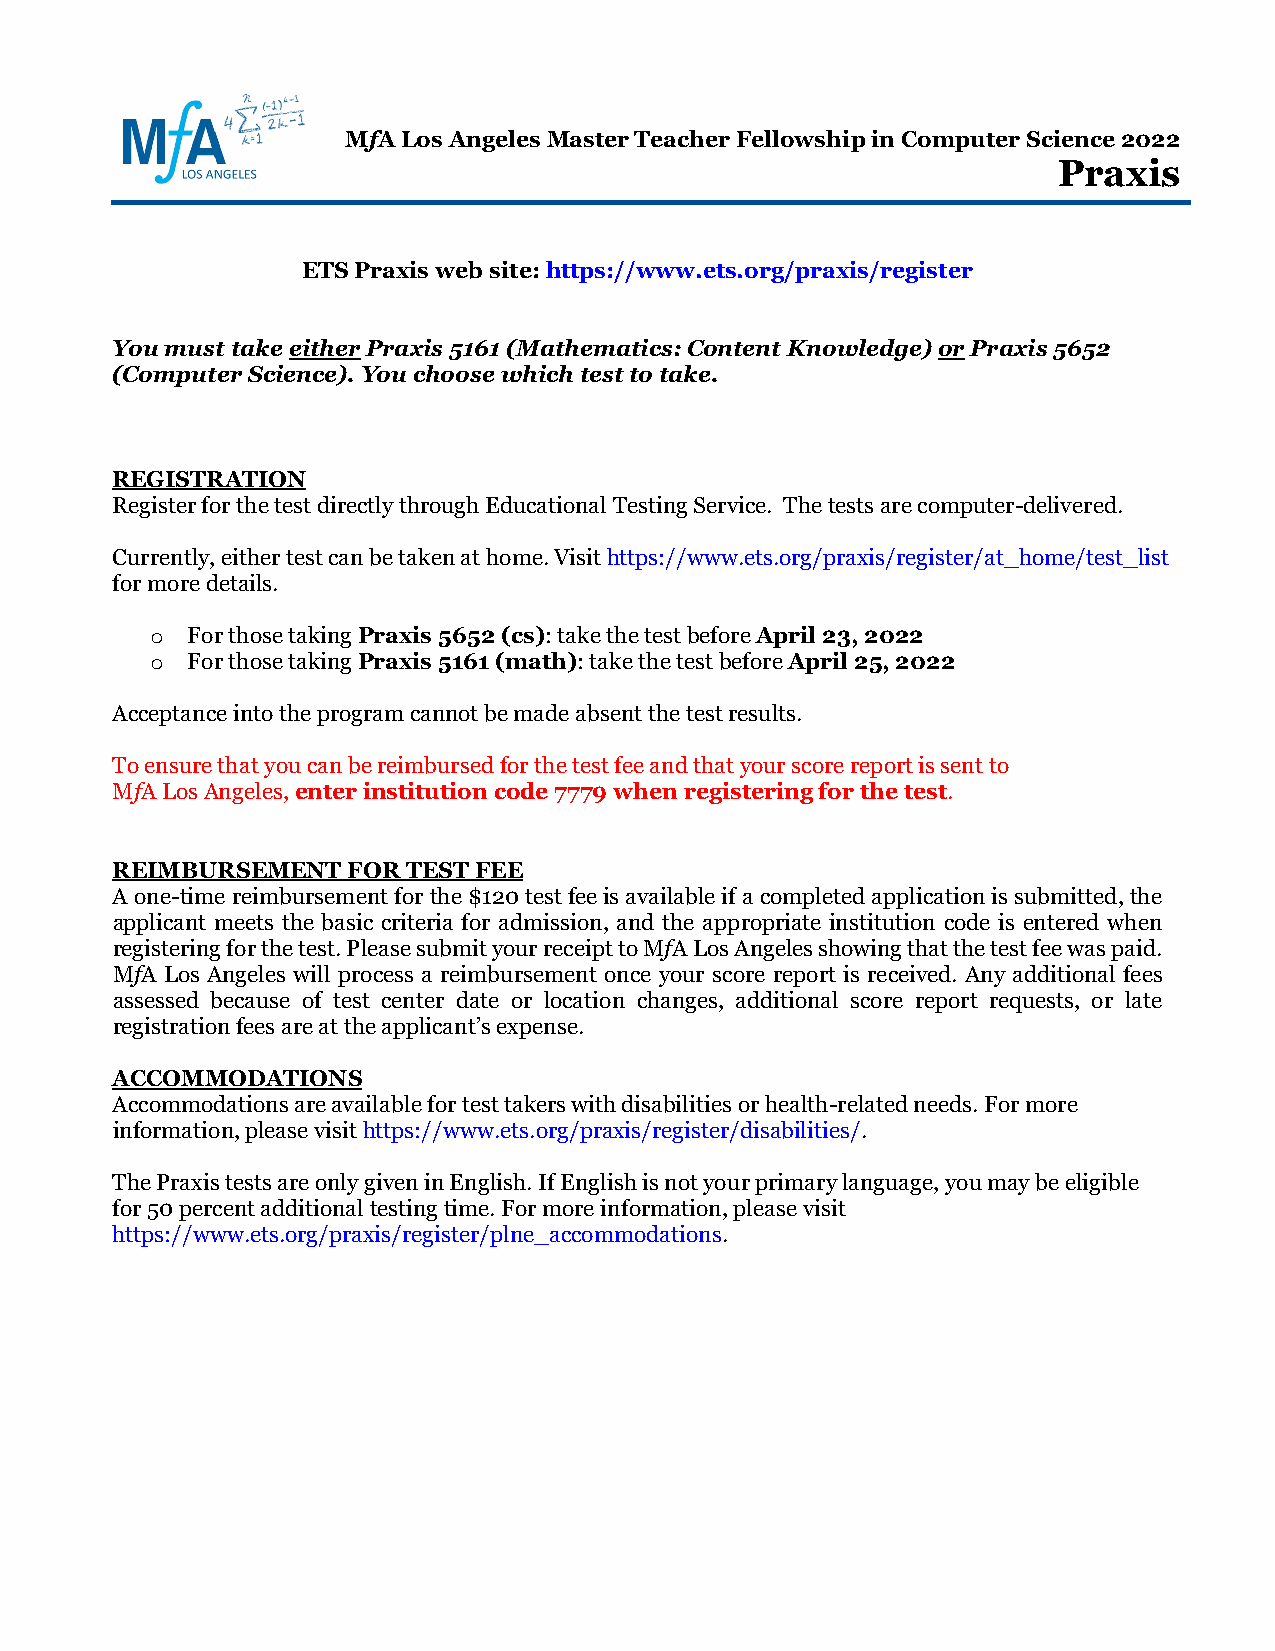
MfA Los Angeles Master Teacher Fellowship in Computer Science 2022
 Praxis
 ETS Praxis web site: https://www.ets.org/praxis/register
 You must take either Praxis 5161 (Mathematics: Content Knowledge) or Praxis 5652
 (Computer Science). You choose which test to take.
 REGISTRATION
 Register for the test directly through Educational Testing Service. The tests are computer-delivered.
 Currently, either test can be taken at home. Visit https://www.ets.org/praxis/register/at_home/test_list
 for more details.
 For those taking Praxis 5652 (cs): take the test before April 23, 2022
 o
 For those taking Praxis 5161 (math): take the test before April 25, 2022
 o
 Acceptance into the program cannot be made absent the test results.
 To ensure that you can be reimbursed for the test fee and that your score report is sent to
 MfA Los Angeles, enter institution code 7779 when registering for the test.
 REIMBURSEMENT   FOR TEST FEE
 A one-time reimbursement for the $120 test fee is available if a completed application is submitted, the
 applicant meets the basic criteria for admission, and the appropriate institution code is entered when
 registering for the test. Please submit your receipt to MfA Los Angeles showing that the test fee was paid.
 MfA Los Angeles will process a reimbursement once your score report is received. Any additional fees
 assessed because of test center date or location changes, additional score report requests, or late
 registration fees are at the applicant’s expense.
 ACCOMMODATIONS
 Accommodations are available for test takers with disabilities or health-related needs. For more
 information, please visit https://www.ets.org/praxis/register/disabilities/.
 The Praxis tests are only given in English. If English is not your primary language, you may be eligible
 for 50 percent additional testing time. For more information, please visit
 https://www.ets.org/praxis/register/plne_accommodations.